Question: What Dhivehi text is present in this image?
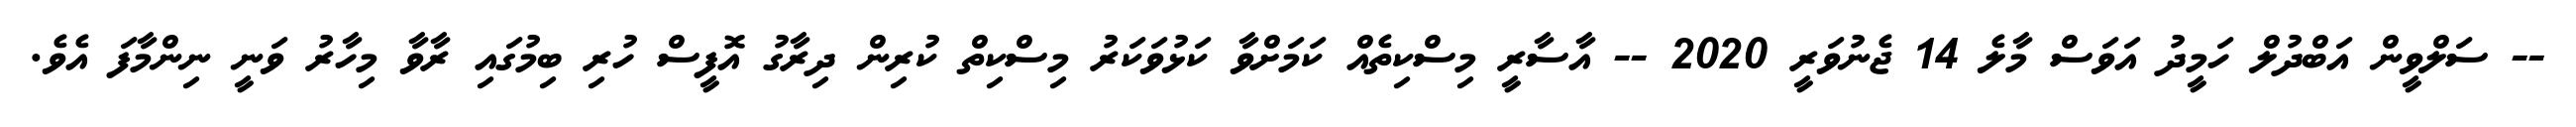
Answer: -- ސަލްވީން އަބްދުލް ހަމީދު އަވަސް މާލެ 14 ޖެނުވަރީ 2020 -- އާސާރީ މިސްކިތެއް ކަމަށްވާ ކަޅުވަކަރު މިސްކިތް ކުރިން ދިރާގު އޮފީސް ހުރި ބިމުގައި ރާވާ މިހާރު ވަނީ ނިންމާފަ އެވެ.